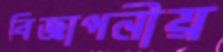
বিজ্ঞাপনীয়